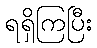
ရရှိကြပြီး